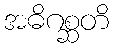
အဓိဂစ္ဆတိ